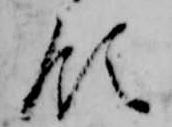
領